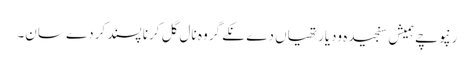
رنپوچے ہمیش سنجیدہ ودیارتھیاں دے نکے گروہ نال گل کرنا پسند کردے سان۔